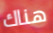
هناك